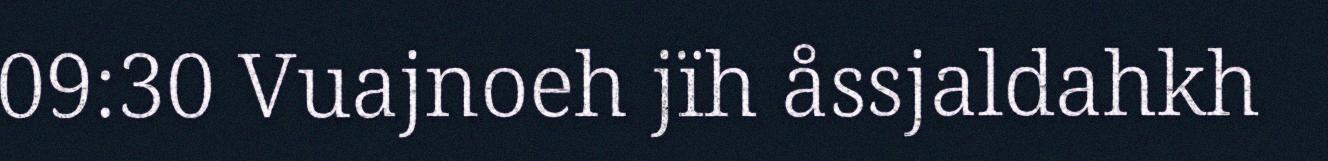
09:30 Vuajnoeh jïh åssjaldahkh